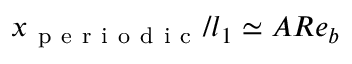
x _ { \mathrm { ~ p ~ e ~ r ~ i ~ o ~ d ~ i ~ c ~ } } / l _ { 1 } \simeq A R e _ { b }